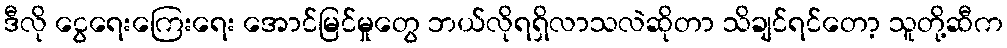
ဒီလို ငွေရေးကြေးရေး အောင်မြင်မှုတွေ ဘယ်လိုရရှိလာသလဲဆိုတာ သိချင်ရင်တော့ သူတို့ဆီက